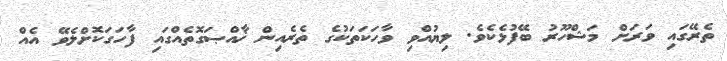
ތެރޭގައި ވަރަށް މަޝްހޫރު ބޭފުޅެކެވެ. ލިޔުއްވި ވާހަކަތަކުގެ ތެރެއިން ޚާއްޞަގޮތެއްގައި ފާހަގަކޮށްލެވޭ އެއް